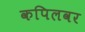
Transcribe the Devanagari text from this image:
कपिलवर